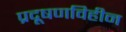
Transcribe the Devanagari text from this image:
प्रदूषणविहीन